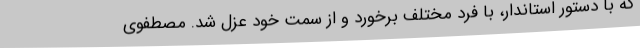
که با دستور استاندار، با فرد مختلف برخورد و از سمت خود عزل شد. مصطفوی